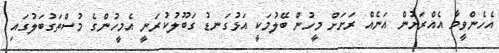
އެހެންވީމާ އެއްރަށުން އަނެއް ރަށަށް މީހުން ބޭލުމަކީ އަޅުގަނޑު ގަބޫލުކުރަނީ އެމީހުންގެ މުސްތަގުބަލުގައި